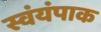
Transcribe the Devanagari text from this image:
स्वंयंपाक